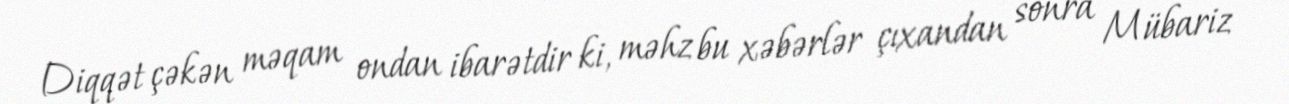
Diqqət çəkən məqam ondan ibarətdir ki, məhz bu xəbərlər çıxandan sonra Mübariz